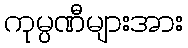
ကုမ္ပဏီများအား